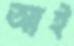
আই